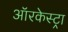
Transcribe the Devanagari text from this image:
ऑरकेस्ट्रा